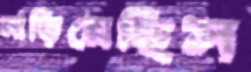
নাড়িয়েছিস